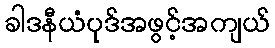
ခါဒနီယံပုဒ်အဖွင့်အကျယ်